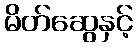
မိတ်ဆွေနှင့်